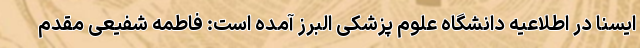
ایسنا در اطلاعیه دانشگاه علوم پزشکی البرز آمده است: فاطمه شفیعی مقدم